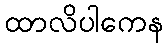
ထာလိပါကေန